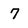
Character: 7